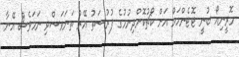
މޮރީނިއޯ ބުނީ ޓޮޓެންހަމް އަށް ކޯޗުކޮށްދިނުމުގެ ފުރުސަތު އޭރު ތަނަވަސްވި ނަމަވެސް އޭނާ